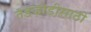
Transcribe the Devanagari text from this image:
तडजोडीसाठी